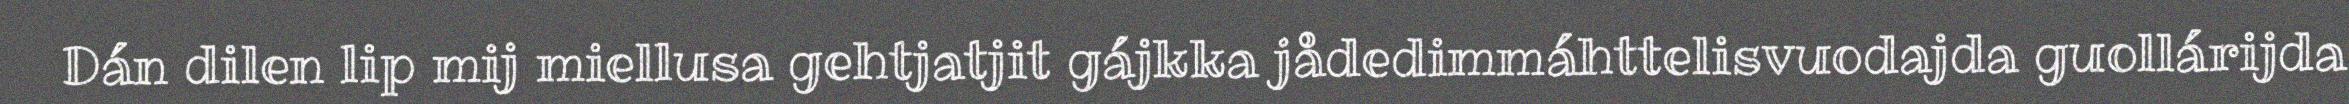
Dán dilen lip mij miellusa gehtjatjit gájkka jådedimmáhttelisvuodajda guollárijda